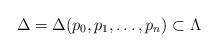
LaTeX: \begin{align*} \Delta = \Delta(p_0,p_1,\dots,p_n) \subset \Lambda \end{align*}